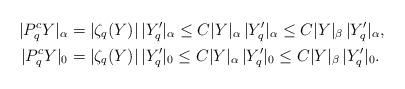
LaTeX: \begin{align*}|P_q^cY|_\alpha&= |\zeta_q(Y)|\,|Y_q'|_\alpha\le C|Y|_\alpha\,|Y_q'|_\alpha\le C|Y|_\beta\, |Y_q'|_\alpha,\\|P_q^cY|_0&= |\zeta_q(Y)|\,|Y_q'|_0\le C|Y|_\alpha\,|Y_q'|_0\le C|Y|_\beta \,|Y_q'|_0.\end{align*}